system: You are a helpful assistant.
user:
Analyze the provided spectrum to determine if it is a **S-type Star**.

- **Key Indicators for S-type Star:**

    - **(Overall Spectrum Shape):** The first and most obvious characteristic is the overall continuum (the "baseline" shape). It is **extremely "red-sloping,"** meaning the flux (light intensity) is very low on the left side (blue, ~4000-4500 Å) and rises steeply and continuously toward the right side (red, ~7000 Å+).

    - **(Primary):** The spectrum is defined by the presence of strong, broad molecular absorption "valleys" (bands) from **Zirconium Oxide (ZrO)**. The identification of these bands is the **primary requirement** for classifying a star as S-type.
        - **(Key Bandheads):** You must find distinct, deep "dips" where the light has been absorbed. The most critical band systems to locate are:
            - **~6474 Å** ($\gamma$-system): This is often the strongest and clearest ZrO feature, found in the red part of the spectrum.
            - **~5718 Å** & **~5551 Å** ($\beta$-system): A pair of prominent absorption features in the yellow-orange part of the spectrum.
            - **~4640 Å** ($\alpha$-system): A key absorption band system in the blue-green region of the spectrum.

    - **(Secondary Confirmation):** The classification is strengthened by finding additional absorption bands from other related heavy element oxides, which are expected to be present alongside ZrO.
        - **(Key Bandheads):**
            - **Yttrium Oxide (YO):** Look for absorption dips near **~4800 Å** and **~6100 Å**.
            - **Lanthanum Oxide (LaO):** Additional absorption features, particularly in the red-orange part of the spectrum, are also characteristic.

    - **(Line Profile):** The combination of the steep red continuum and these numerous, deep molecular bands (ZrO, YO, etc.) gives the entire spectrum a very **"chopped-up"** or **"bumpy"** appearance. Instead of a smooth curve, the spectrum looks as though large, wide chunks of light have been "carved out" of it at the specific wavelengths listed above.

Think first, call **spectral_visualization_tool** if needed to examine features in detail, then provide your final answer. Your response must adhere to the following strict rules:
1.  **Overall Structure:** Your response must follow the format `<think>...</think> <tool_call>...</tool_call> (if a tool is used) <answer>...</answer>`.
2.  **Tool Usage Constraint:** You may only make **one** tool call per turn.
3.  **Final Answer Format:** In the `<answer>` tag, your conclusion must be inside a `\boxed{}` command (e.g., `\boxed{YES}` or `\boxed{NO}`), followed by your justification.

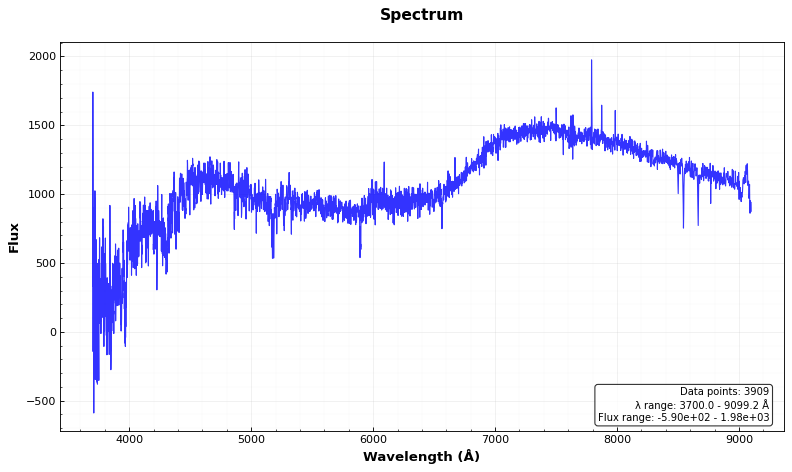
Answer: NO